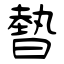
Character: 暬